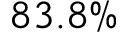
8 3 . 8 \%